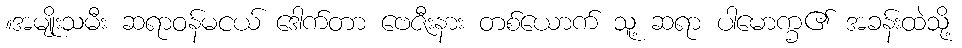
။အမျိုးသမီး ဆရာဝန်မငယ် ဒေါက်တာ ဗေဇီးနား တစ်ယောက် သူ့ ဆရာ ပါမောက္ခ၏ အခန်းထဲသို့